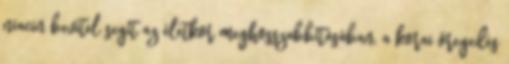
niacin bevitel segít az életkor meghosszabbításában, a korai öregedés